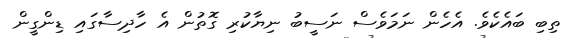
ތިބި ބައެކެވެ. އެހެން ނަމަވެސް ނަސީބު ނިޔާކުރި ގޮތުން އެ ހާދިސާގައި ޑިންގީން